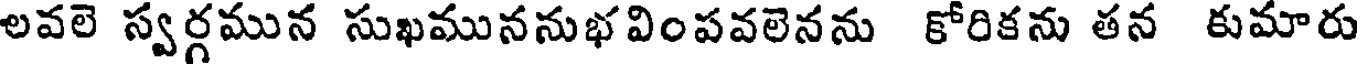
లవలె స్వర్గమున సుఖముననుభవింపవలెనను కోరికను తన కుమారు